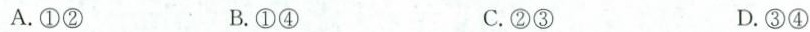
A.①②B①④C.②③D.③④